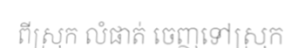
ពីស្រុក លំផាត់ ចេញទៅស្រុក